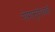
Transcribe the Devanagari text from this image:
रोगानुरोधकों